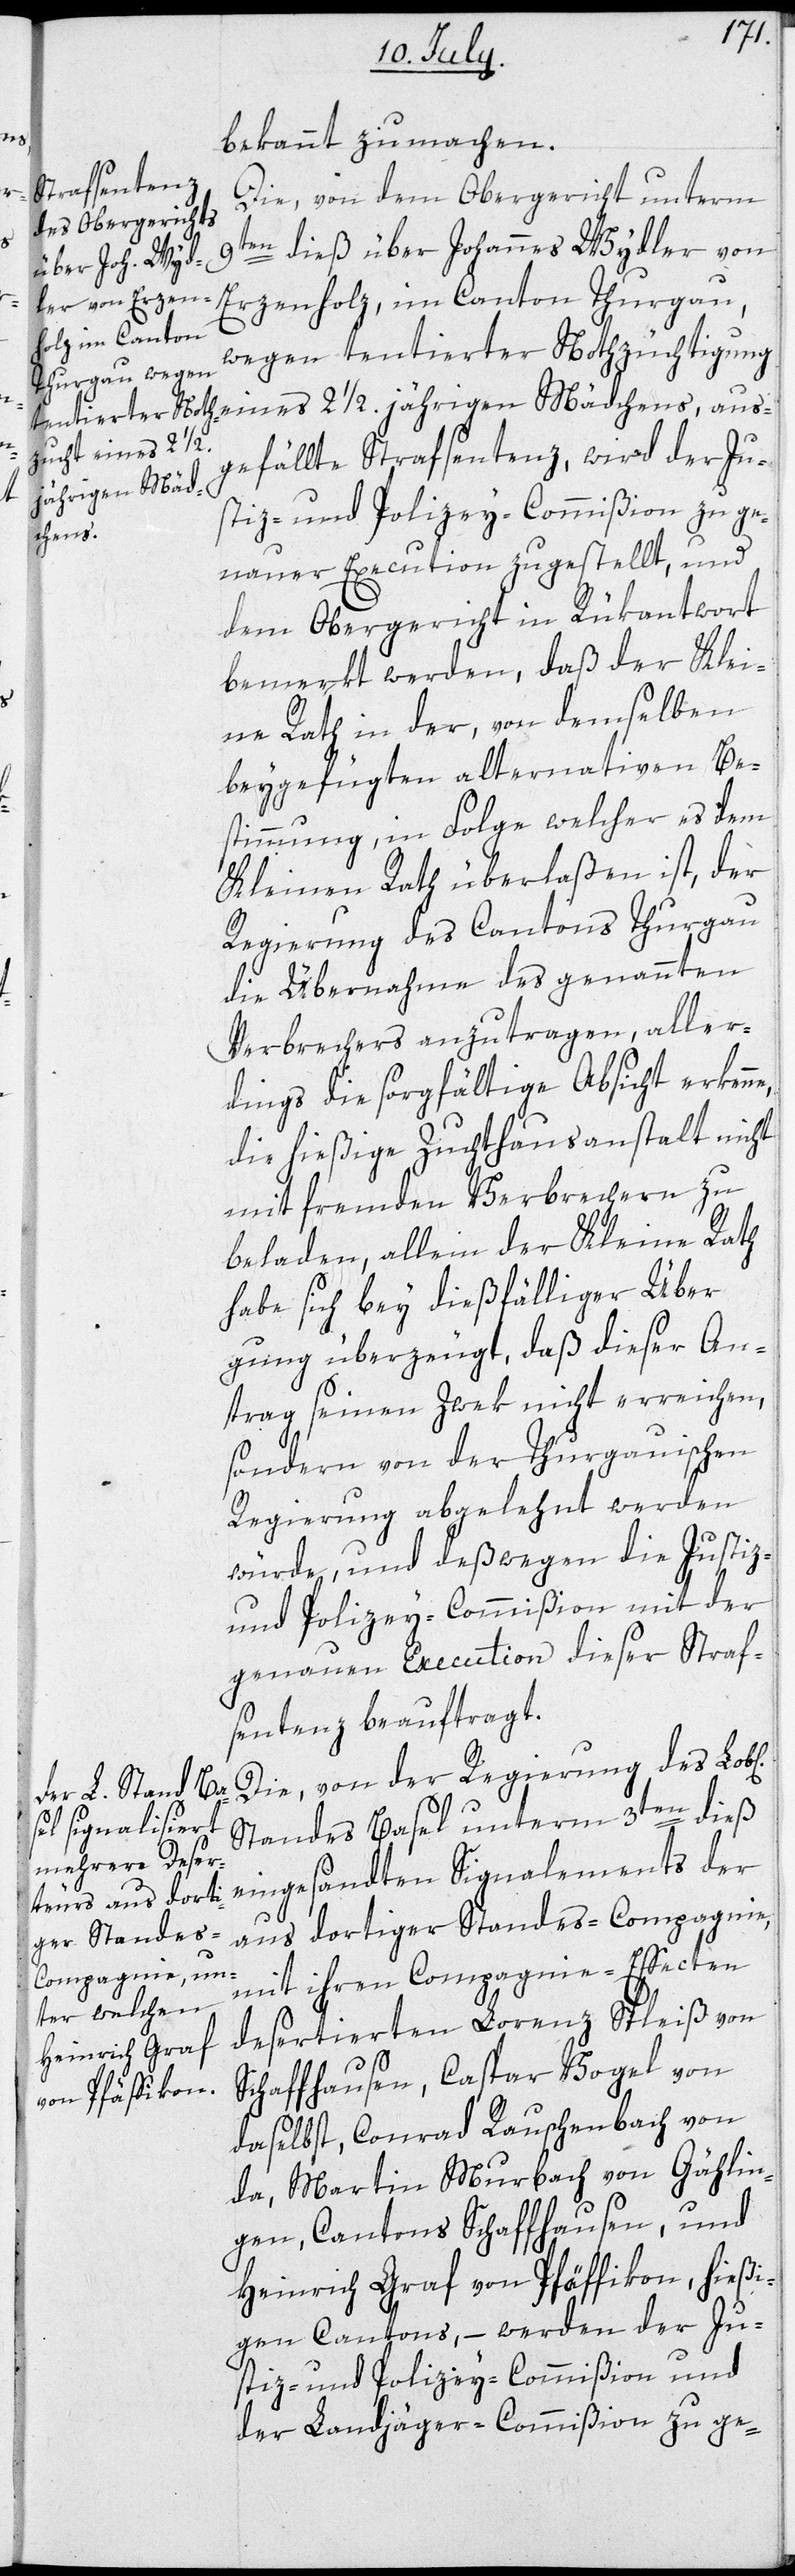
1/2.
bekannt zu machen.
Die, von dem Obergericht unterm
n dieß über Johannes Wydler von
9te¬
Erzenholz, im Canton Thurgau,
wegen tentierter Nothzüchtigung
gefällte Strafsentenz, wird der Ju¬
jährigen Mäd¬
stiz- und Polizey-Commißion zu ge¬
ichen]
nauer Execution zugestellt, und
dem Obergericht in Rükantwort
bemerkt werden, daß der Klei¬
ne Rath in der, von demselben
beygefügten alternativen Be¬
stimmung, in Folge welcher es dem
Kleinen Rath überlaßen ist, der
Regierung des Cantons Thurgau
die Übernahme des genannten
Verbrechers anzutragen, aller¬
dings die sorgfältige Absicht erkenne,
die hießige Zuchthausanstalt nicht
mit fremden Verbrechern zu
beladen, allein der Kleine Rath
habe sich bey dießfälliger Überl¬
egung überzeugt, daß dieser An¬
trag seinen Zwek nicht erreichen,
sondern von der Thurgauischen
Regierung abgelehnt werden
würde, und deßwegen die Justiz-
und Polizey-Commißion mit der
genauen Execution dieser Straf¬
sentenz beauftragt.
Die, von der Regierung des Lob[l¬
Standes Basel unterm 3ten dieß
eingesandten Signalements der
aus¬
aus dortiger Standes-Compagnie,
mit ihren Compagnie-Effecten
desertierten Lorenz Spleiß von
Schaffhausen, Caspar Vogel von
daselbst, Conrad Rauschenbach von
da, Martin Murbach von Gächlin¬
gen, Cantons Schaffhausen, und
Heinrich Graf von Pfäffikon, hießi¬
gen Cantons, – werden der Ju¬
stiz- und Polizey-Commißion und
der Landjäger-Commißion zu ge-